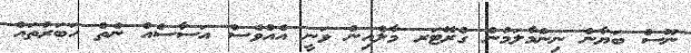
ނޫސް ބަޔާން ނިންމާލަމުން ގްރޭޓަރ މާލެއިން ވަނީ އެއްވެސް އަސާސެއް ނެތް ހަބަރުތައް